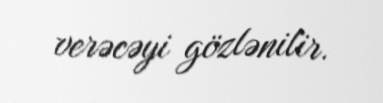
verəcəyi gözlənilir.